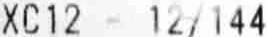
XC12 - 12/144